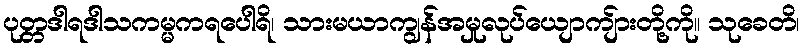
ပုတ္တဒါရဒါသကမ္မကရပေါရိ၊ သားမယာကျွန်အမှုလုပ်ယျောကျ်ားတို့ကို။ သုခေတိ၊